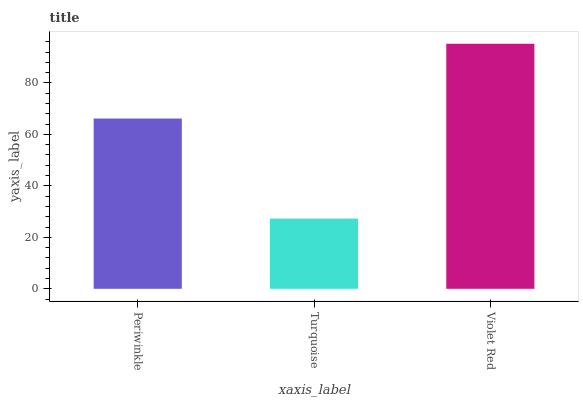
| xaxis_label | bars |
 | --- | --- |
 | Periwinkle | 66.2 |
 | Turquoise | 27.3 |
 | Violet Red | 95.2 |